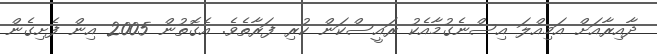
ދާއިރާއަށް އަމިއްލަ އިސްނެގުމާއެކު ރައީސްކަން ކުރި ފަރާތެވެ. އެގޮތުން 2005 އިން ފެށިގެން